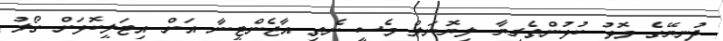
ދުނިޔޭގެ މޮޅު ކުޅުންތެރިޔާ ލިޔޮނަލް މެސީ ނެތި އާޖެންޓީނާ އަށް އިޓަލީކޮޅަށް ގޯލު